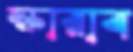
স্কারাব